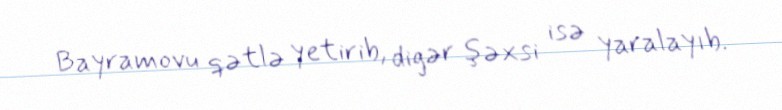
Bayramovu qətlə yetirib, digər şəxsi isə yaralayıb.